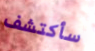
سأكتشف